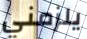
يلزمني